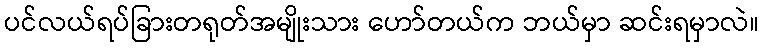
ပင်လယ်ရပ်ခြားတရုတ်အမျိုးသား ဟော်တယ်က ဘယ်မှာ ဆင်းရမှာလဲ။